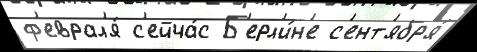
ф'еврал'я́ с'ейча́с Б'ерл'и́н'е с'ент'ябр'я́